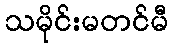
သမိုင်းမတင်မီ